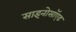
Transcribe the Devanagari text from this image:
साइनोसॉएड